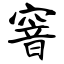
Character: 窨